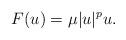
LaTeX: \begin{align*}F(u) = \mu |u|^p u.\end{align*}